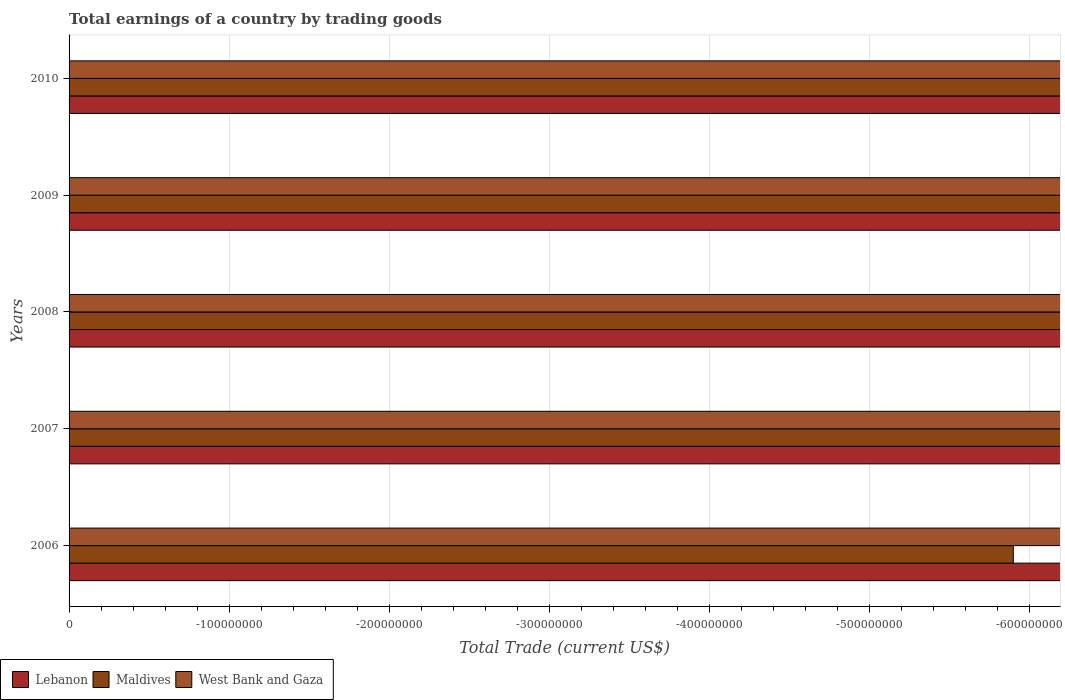
| Years | Lebanon | Maldives | West Bank and Gaza |
 | --- | --- | --- | --- |
 | 2006 | -6.21e+09 | -5.9e+08 | -2.8e+09 |
 | 2007 | -7.89e+09 | -1.08e+09 | -3.06e+09 |
 | 2008 | -1.11e+10 | -1.32e+09 | -3.24e+09 |
 | 2009 | -1.12e+10 | -9.13e+08 | -3.51e+09 |
 | 2010 | -1.25e+10 | -1.04e+09 | -3.65e+09 |